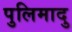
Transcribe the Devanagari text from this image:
पुलिमादु